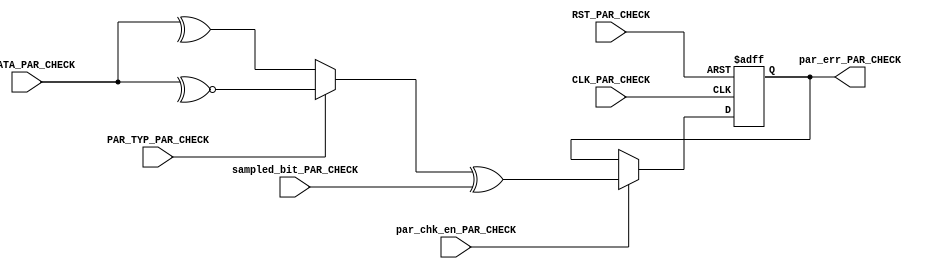
module PARITY_CHECK_URT_RX #(parameter DATA_WIDTH=8)
(
     input     wire                          CLK_PAR_CHECK,
     input     wire                          RST_PAR_CHECK,   
     input     wire                          PAR_TYP_PAR_CHECK,
     input     wire                          par_chk_en_PAR_CHECK,
     input     wire                          sampled_bit_PAR_CHECK,
     input     wire   [DATA_WIDTH-1:0]       P_DATA_PAR_CHECK,

     output    reg                           par_err_PAR_CHECK
     );

reg calculated_parity;

always @(*)
    begin
        if(PAR_TYP_PAR_CHECK)  // Odd Parity 
           begin
             calculated_parity=~^P_DATA_PAR_CHECK;
           end
        else   //Even Parity
           begin
              calculated_parity=^P_DATA_PAR_CHECK;
           end
    end


always @(posedge CLK_PAR_CHECK or negedge RST_PAR_CHECK)
    begin
      if(!RST_PAR_CHECK)
        begin
            par_err_PAR_CHECK<='b0;
        end
       else if(par_chk_en_PAR_CHECK)
           begin
              par_err_PAR_CHECK <=calculated_parity ^ sampled_bit_PAR_CHECK;
           end
         end

endmodule